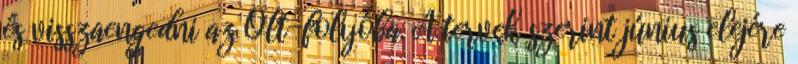
és visszaengedni az Olt-folyóba. A tervek szerint június elejére